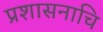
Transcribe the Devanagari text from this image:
प्रशासनाचि